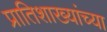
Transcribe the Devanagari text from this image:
प्रातिशाख्यांच्या